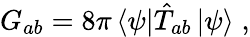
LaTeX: G_{ab}=8\pi\left<\psi\right|\hat{T}_{ab}\left|\psi\right>\; ,